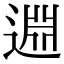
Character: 𨓯